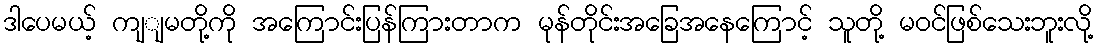
ဒါပေမယ့် ကျျမတို့ကို အကြောင်းပြန်ကြားတာက မုန်တိုင်းအခြေအနေကြောင့် သူတို့ မဝင်ဖြစ်သေးဘူးလို့